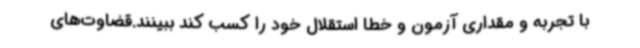
با تجربه و مقداری آزمون و خطا استقلال خود را کسب کند ببینند.قضاوت‌های